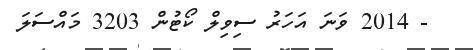
- 2014 ވަނަ އަހަރު ސިވިލް ކޯޓުން 3203 މައްސަލަ